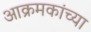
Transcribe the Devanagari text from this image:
आक्रमकांच्या